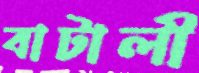
বাটালী